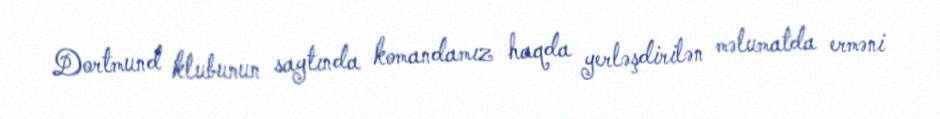
Dortmund klubunun saytında komandamız haqda yerləşdirilən məlumatda erməni